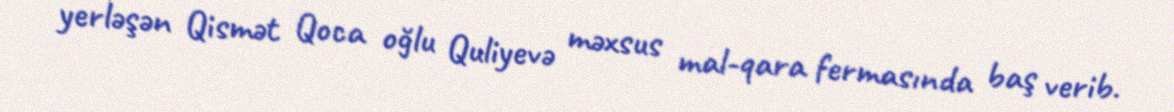
yerləşən Qismət Qoca oğlu Quliyevə məxsus mal-qara fermasında baş verib.